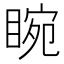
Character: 睕